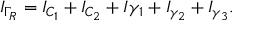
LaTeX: I _ { \Gamma _ { R } } = I _ { C _ { 1 } } + I _ { C _ { 2 } } + I { \gamma _ { 1 } } + I _ { \gamma _ { 2 } } + I _ { \gamma _ { 3 } } .